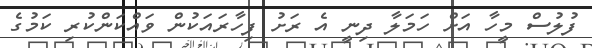
ފުލުސް މީހާ އަށް ހަމަލާ ދިނީ އެ ރަށު ފިހާރައަކުން ވައްކަންކުރި ކަމުގެ